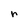
Character: r